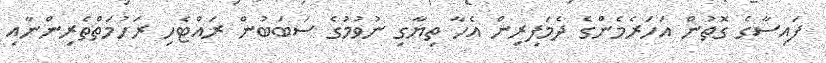
ފައިސާގެ ގޮތުން އަހަރެމެންގެ ދެމަފިރިން އެހާ ތިޔާގި ނުވުމުގެ ސަބަބުން ރައްޓެހި ރަހުމަތްތެރިންނާއި